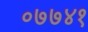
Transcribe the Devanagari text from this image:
०७७४१